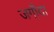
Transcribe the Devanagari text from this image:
जगौदा